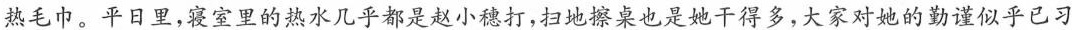
热毛巾。平日里，寝室里的热水几乎都是赵小穗打，扫地擦桌也是她干得多,大家对她的勤谨似乎已习